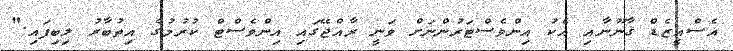
އެސްއީޒެޑް ޤާނޫނާއި އެކު އިންވެސްޓަރުންނަށް ވަނީ ރާއްޖޭގައި އިންވެސްޓް ކުރުމުގެ އިތުބާރު ލިބިފައި."